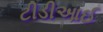
ટીડીઆઈ